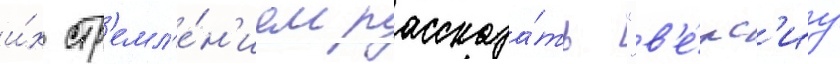
и́х стр'емл'е́н'ием рассказа́ть "в'е́рс'иу